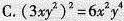
C. $$(3xy^{2})^{2}=6x^{2}y^{4}$$